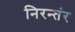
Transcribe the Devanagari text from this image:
निरन्तंर